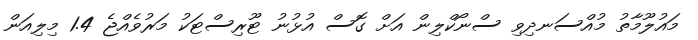
މައުލޫމާތު މުއްސަނދިވި ސްނޯކްލިން އަށް ގޮސް އުޅުނު ޓޫރިސްޓަކު މަރުވެއްޖެ 1.4 މިލިއަން